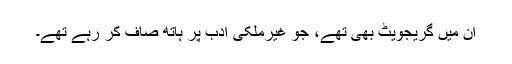
ان میں گریجویٹ بھی تھے، جو غیرملکی ادب پر ہاتھ صاف کر رہے تھے۔